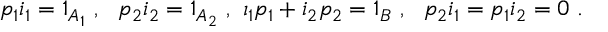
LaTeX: p _ { 1 } i _ { 1 } = 1 _ { A _ { 1 } } \ , \ \ p _ { 2 } i _ { 2 } = 1 _ { A _ { 2 } } \ , \ \i _ { 1 } p _ { 1 } + i _ { 2 } p _ { 2 } = 1 _ { B } \ , \ \ p _ { 2 } i _ { 1 } = p _ { 1 } i _ { 2 } = 0 \ .